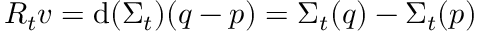
R _ { t } v = \mathrm { d } ( \Sigma _ { t } ) ( q - p ) = \Sigma _ { t } ( q ) - \Sigma _ { t } ( p )